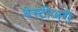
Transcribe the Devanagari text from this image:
बेस्टीअरी